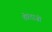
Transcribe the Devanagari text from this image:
तीरंदाज़ों